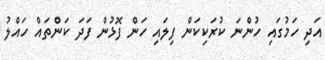
އަދި ހަމުގައި ހުންނަ ކުރަކިކަން ފިލައި ހަން ފޮޅުން ފަދަ ކަންތައް ހައްލު